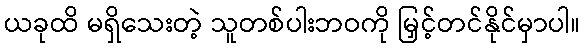
ယခုထိ မရှိသေးတဲ့ သူတစ်ပါးဘဝကို မြှင့်တင်နိုင်မှာပါ။